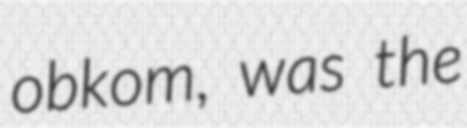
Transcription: obkom, was the